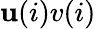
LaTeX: \mathbf{u}(i)v(i)